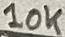
Text: 10K